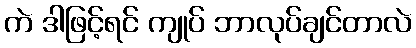
ကဲ ဒါဖြင့်ရင် ကျုပ် ဘာလုပ်ချင်တာလဲ